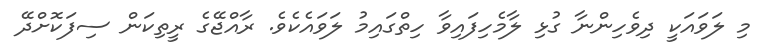
މި ލަވައަކީ ދިވެހިންނާ ގުޅި ލާމެހިފައިވާ ހިތްގައިމު ލަވައެކެވެ. ރާއްޖޭގެ ރީތިކަން ސިފަކޮށްދޭ